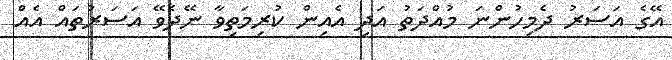
އޭގެ އަސަރު ދެމިހުންނަ މުއްދަތު އަދި އެއިން ކުރިމަތިވާ ނޭދެވޭ އަސަރުތައް އެއް